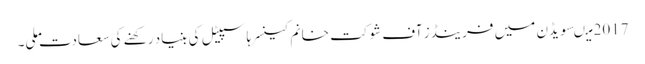
2017 میںسویڈن میں فرینڈز آف شوکت خانم کینسر ہاسپیٹل کی بنیاد رکھنے کی سعادت ملی۔